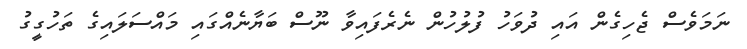
ނަމަވެސް ޖެހިގެން އައި ދުވަހު ފުލުހުން ނެރެފައިވާ ނޫސް ބަޔާނެއްގައި މައްސަލައިގެ ތަހުގީގު